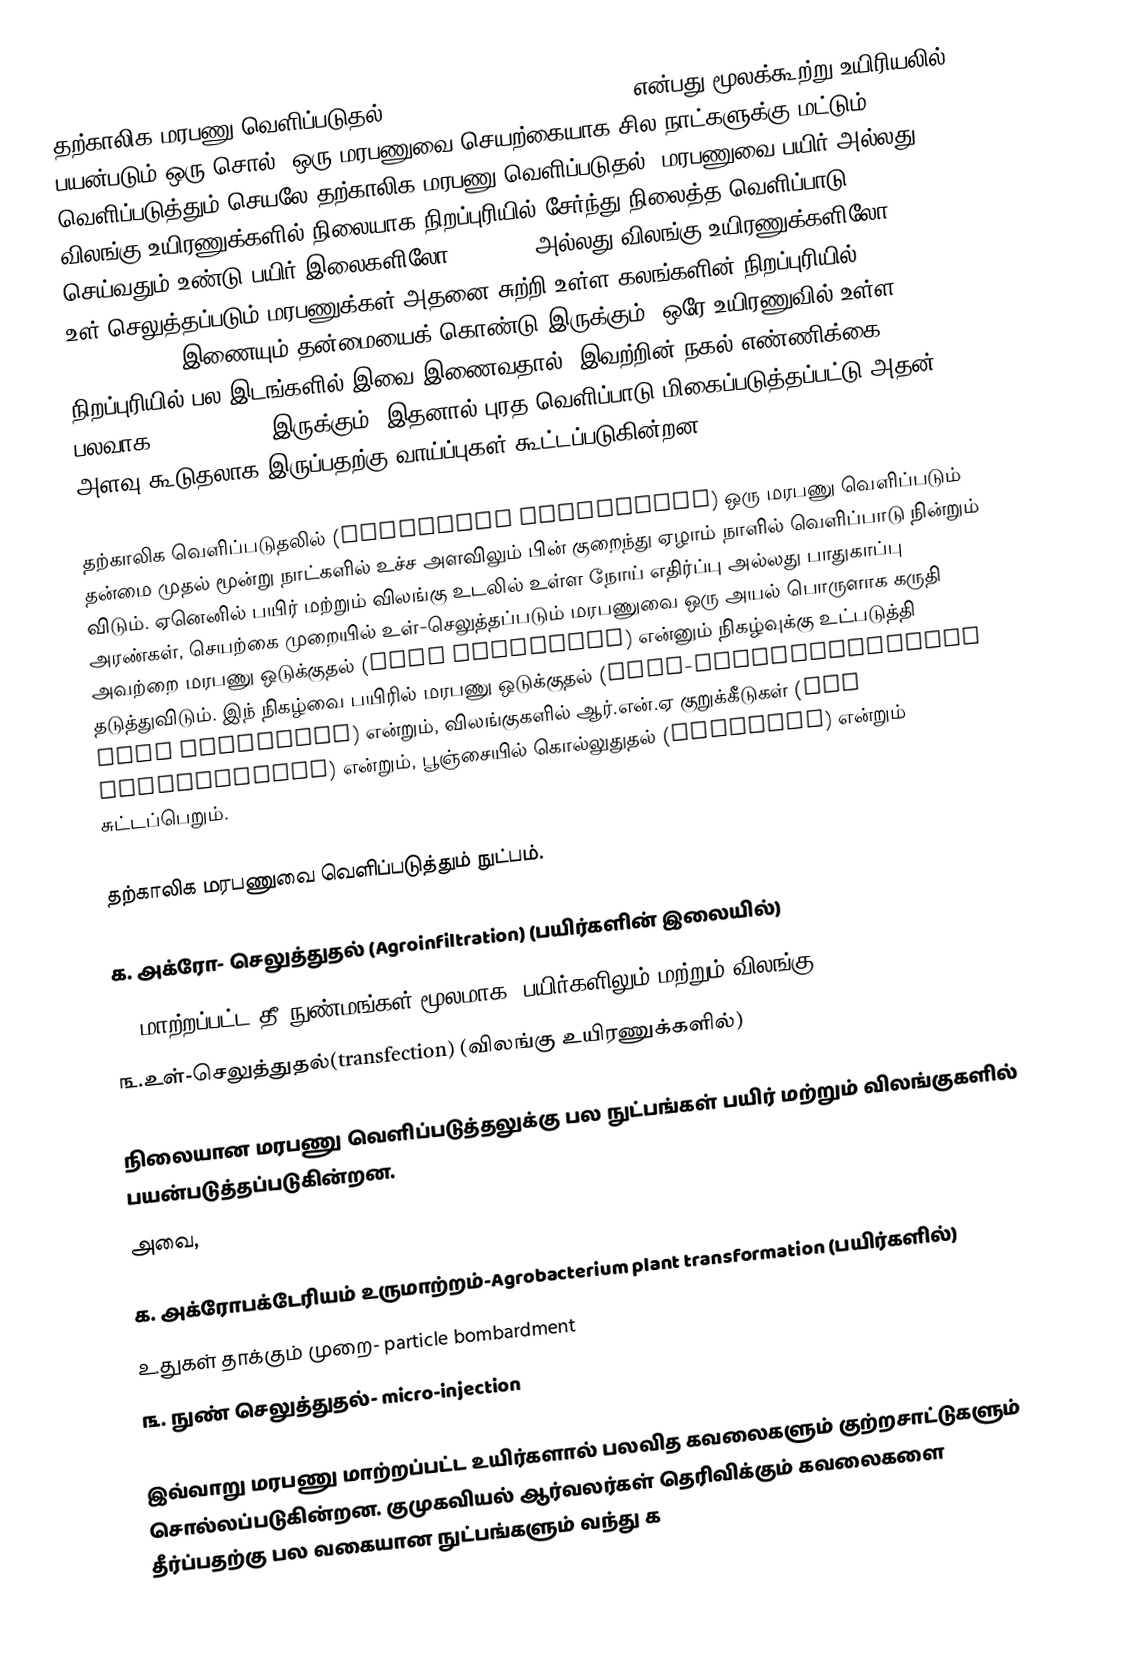
தற்காலிக மரபணு வெளிப்படுதல் (transient gene expression) என்பது மூலக்கூற்று உயிரியலில் பயன்படும் ஒரு சொல். ஒரு மரபணுவை செயற்கையாக சில நாட்களுக்கு மட்டும் வெளிப்படுத்தும் செயலே தற்காலிக மரபணு வெளிப்படுதல். மரபணுவை பயிர் அல்லது விலங்கு உயிரணுக்களில் நிலையாக நிறப்புரியில் சேர்ந்து நிலைத்த வெளிப்பாடு செய்வதும் உண்டு.பயிர் இலைகளிலோ (leaves) அல்லது விலங்கு உயிரணுக்களிலோ (cells)  உள்-செலுத்தப்படும் மரபணுக்கள் அதனை சுற்றி உள்ள கலங்களின் நிறப்புரியில் (chromosome) இணையும் தன்மையைக் கொண்டு இருக்கும். ஒரே உயிரணுவில் உள்ள நிறப்புரியில் பல இடங்களில் இவை இணைவதால், இவற்றின் நகல் எண்ணிக்கை பலவாக(copy number) இருக்கும். இதனால் புரத வெளிப்பாடு மிகைப்படுத்தப்பட்டு அதன் அளவு கூடுதலாக இருப்பதற்கு வாய்ப்புகள் கூட்டப்படுகின்றன.

தற்காலிக வெளிப்படுதலில் (transient expression) ஒரு மரபணு வெளிப்படும் தன்மை முதல் மூன்று நாட்களில் உச்ச அளவிலும் பின் குறைந்து ஏழாம்  நாளில் வெளிப்பாடு நின்றும் விடும். ஏனெனில் பயிர் மற்றும் விலங்கு உடலில் உள்ள நோய் எதிர்ப்பு அல்லது பாதுகாப்பு அரண்கள், செயற்கை முறையில் உள்-செலுத்தப்படும் மரபணுவை ஒரு அயல் பொருளாக கருதி அவற்றை மரபணு ஒடுக்குதல் (gene silencing) என்னும் நிகழ்வுக்கு உட்படுத்தி தடுத்துவிடும். இந் நிகழ்வை பயிரில் மரபணு ஒடுக்குதல் (post-transcriptional gene silencing) என்றும், விலங்குகளில் ஆர்.என்.ஏ குறுக்கீடுகள் (RNA interference) என்றும், பூஞ்சையில் கொல்லுதுதல் (quelling) என்றும் சுட்டப்பெறும்.

தற்காலிக மரபணுவை வெளிப்படுத்தும் நுட்பம்.

 ௧. அக்ரோ- செலுத்துதல் (Agroinfiltration) (பயிர்களின் இலையில்)
 ௨. மாற்றப்பட்ட தீ நுண்மங்கள் மூலமாக (பயிர்களிலும் மற்றும் விலங்கு)
 ௩.உள்-செலுத்துதல்(transfection) (விலங்கு உயிரணுக்களில்)

நிலையான மரபணு வெளிப்படுத்தலுக்கு பல நுட்பங்கள் பயிர் மற்றும் விலங்குகளில் பயன்படுத்தப்படுகின்றன.
அவை,

 ௧. அக்ரோபக்டேரியம் உருமாற்றம்-Agrobacterium plant transformation (பயிர்களில்)
 ௨.துகள் தாக்கும் முறை- particle bombardment
 ௩. நுண் செலுத்துதல்- micro-injection

இவ்வாறு மரபணு மாற்றப்பட்ட உயிர்களால் பலவித கவலைகளும் குற்றசாட்டுகளும் சொல்லப்படுகின்றன. குமுகவியல் ஆர்வலர்கள் தெரிவிக்கும் கவலைகளை தீர்ப்பதற்கு பல வகையான நுட்பங்களும் வந்து க